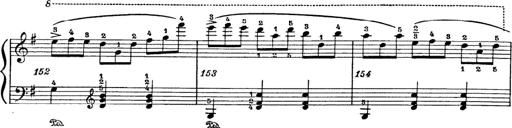
Title: 6 Polish Songs
Composer: Franz Liszt